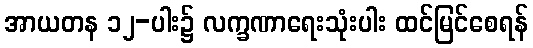
အာယတန ၁၂-ပါး၌ လက္ခဏာရေးသုံးပါး ထင်မြင်စေရန်